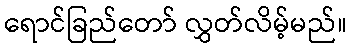
ရောင်ခြည်တော် လွှတ်လိမ့်မည်။